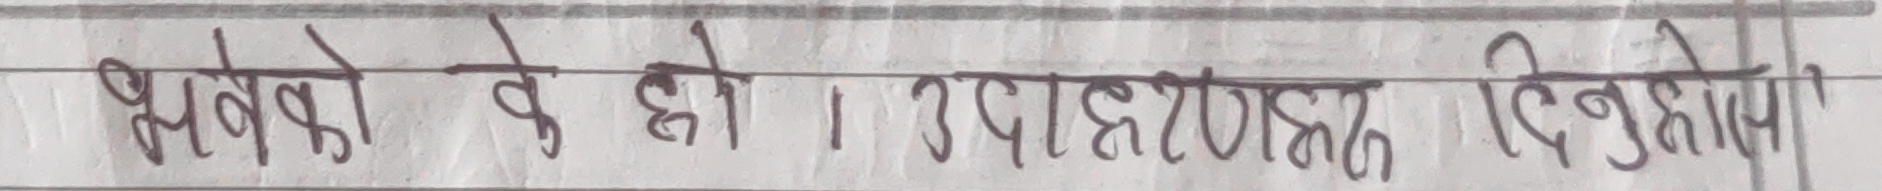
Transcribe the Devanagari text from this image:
भनेको के हो । उदाहरणहरू दिनुहोस्।